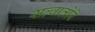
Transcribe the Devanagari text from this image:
सल्वातोरे